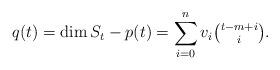
LaTeX: \begin{align*}q(t)=\dim S_t -p(t)=\sum _{i=0}^n v_i \tbinom{t-m+i}{i}.\end{align*}